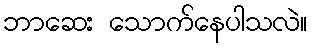
ဘာဆေး သောက်နေပါသလဲ။